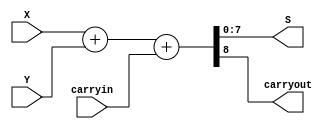
//  combinational adder
module adderk (carryin, X, Y, S, carryout);
	parameter k = 8;
	
	input [k-1:0] X, Y; 
	input carryin;
	
	output [k-1:0] S; 
	output carryout; 
	
	reg [k-1:0] S;
	reg carryout;
	
	// saida depende da combinacao de entradas
	always @(X or Y or carryin) 
		{carryout, S} = X + Y + carryin;
endmodule